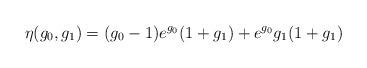
LaTeX: \begin{align*}\eta(g_0,g_1)=(g_0-1)e^{g_0}(1+g_1)+e^{g_0}g_1(1+g_1)\end{align*}